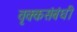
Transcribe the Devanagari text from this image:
वृक्कसंबंधी